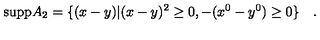
{ \mathrm { s u p p } } A _ { 2 } = \{ ( x - y ) | ( x - y ) ^ { 2 } \ge 0 , - ( x ^ { 0 } - y ^ { 0 } ) \ge 0 \} \quad .